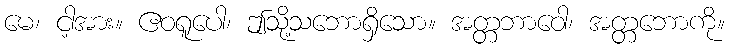
မေ၊ ငါ့အား။ ဧဝရူပေါ၊ ဤသို့သဘောရှိသော။ အတ္တဘာဝေါ၊ အတ္တဘောကို။